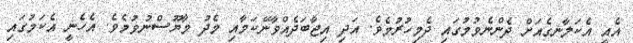
އެއީ އެކަލާނގެއަށް ދެންނެވުމުގައި ދެމިހުރުމެވެ. އަދި އިޖާބަދެއްވާނޭކަމާއި މެދު މާޔޫސްނުވުމެވެ. އެހެނީ އެކަމުގައި